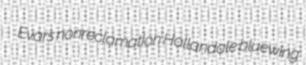
Evars nonreclamation Hallandale bluewing